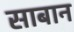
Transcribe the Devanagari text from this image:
साबान